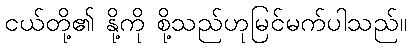
ငယ်တို့၏ နို့ကို စို့သည်ဟုမြင်မက်ပါသည်။